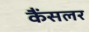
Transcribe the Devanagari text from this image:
कैंसलर